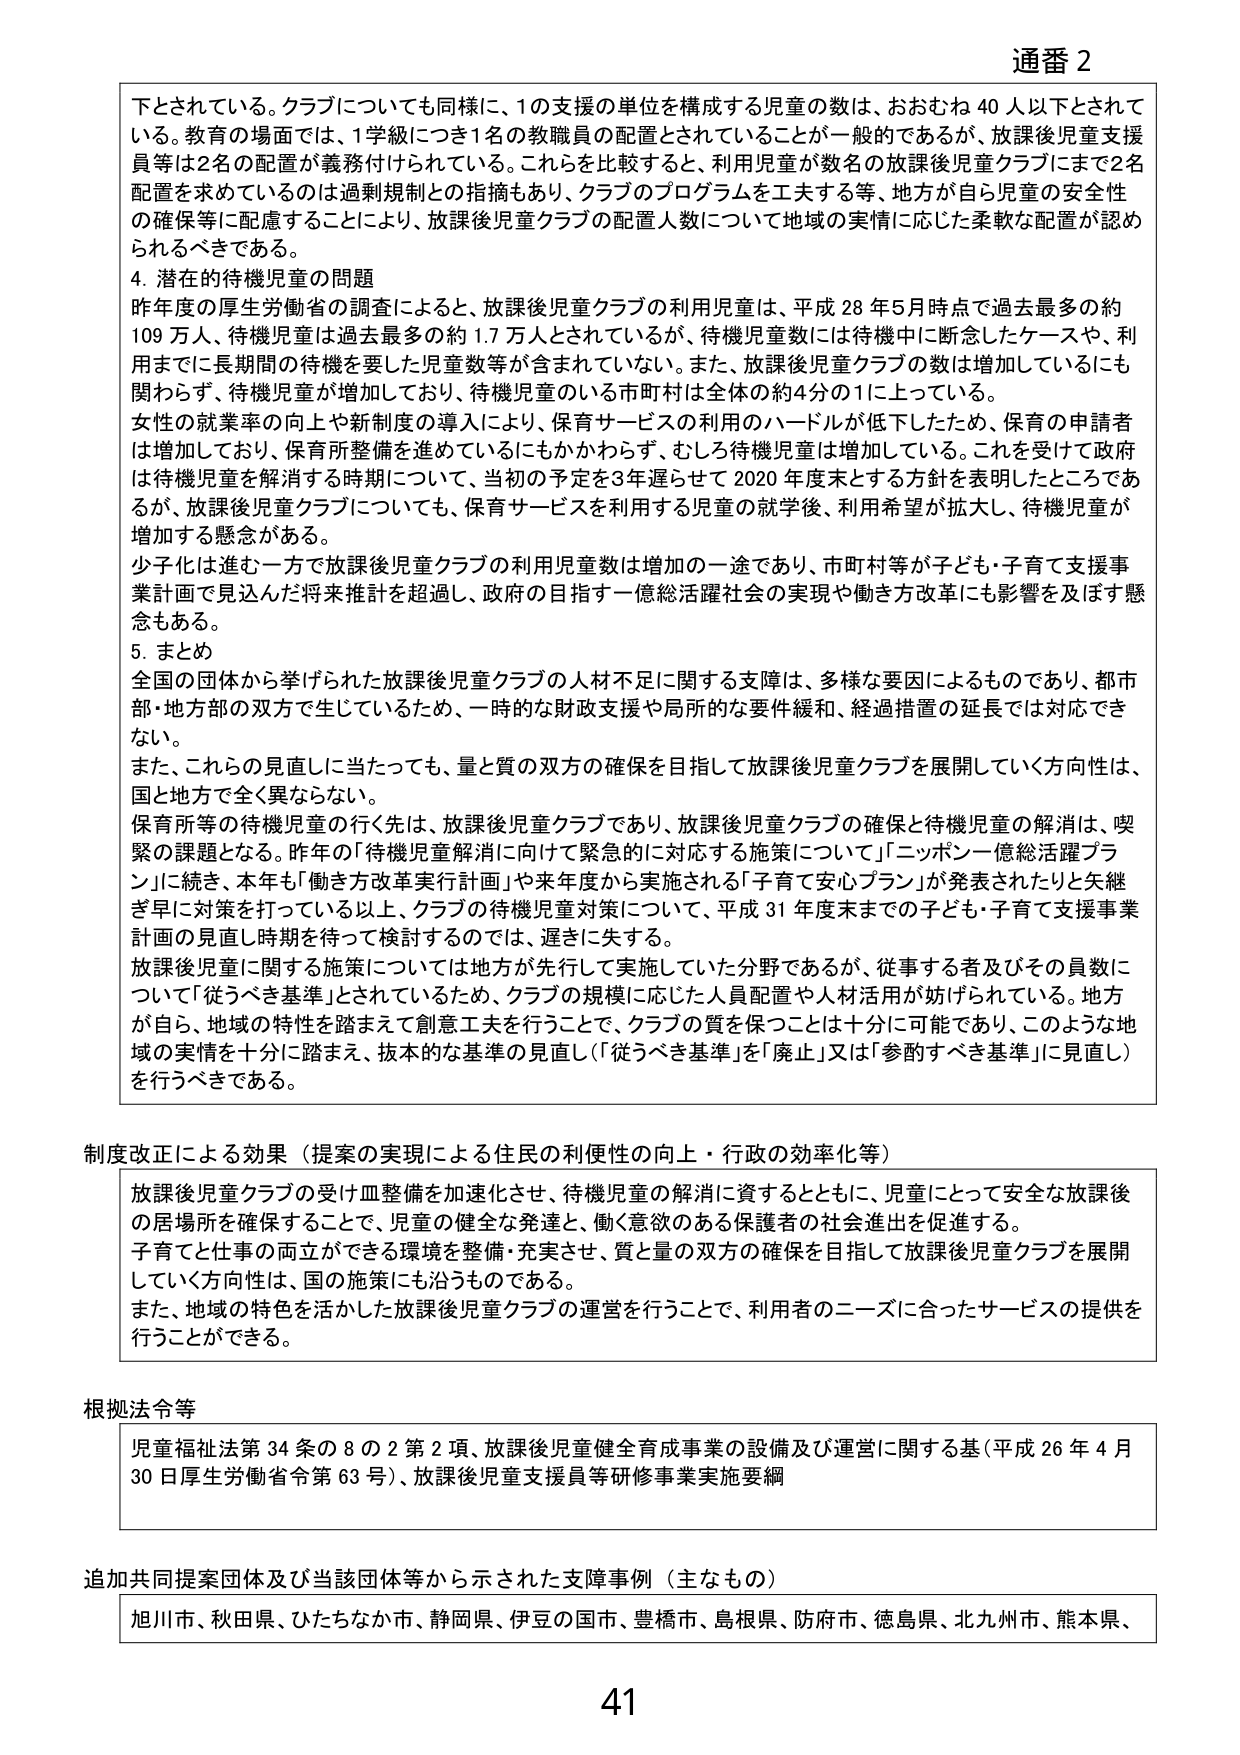
通番 2

下とされている。クラブについても同様に、1の支援の単位を構成する児童の数は、おおむね40人以下とされている。教育の場面では、1学級につき1名の教職員の配置とされていることが一般的であるが、放課後児童支援員等は2名の配置が義務付けられている。これらを比較すると、利用児童が数名の放課後児童クラブにまで2名配置を求めているのは過剰規制との指摘もあり、クラブのプログラムを工夫する等、地方が自ら児童の安全性の確保等に配慮することにより、放課後児童クラブの配置人数について地域の実情に応じた柔軟な配置が認められるべきである。

4. 潜在的待機児童の問題

昨年度の厚生労働省の調査によると、放課後児童クラブの利用児童は、平成28年5月時点で過去最多の約109万人、待機児童は過去最多の約1.7万人とされているが、待機児童数には待機中に断念したケースや、利用までに長期間の待機を要した児童数等が含まれていない。また、放課後児童クラブの数は増加しているにも関わらず、待機児童が増加しており、待機児童のいる市町村は全体の約4分の1に上っている。

女性の就業率の向上や新制度の導入により、保育サービスの利用のハードルが低下したため、保育の申請者は増加しており、保育所整備を進めているにもかかわらず、むしろ待機児童は増加している。これを受けて政府は待機児童を解消する時期について、当初の予定を3年遅らせて2020年度末とする方針を表明したところであるが、放課後児童クラブについても、保育サービスを利用する児童の就学後、利用希望が拡大し、待機児童が増加する懸念がある。

少子化は進む一方で放課後児童クラブの利用児童数は増加の一途であり、市町村等が子ども・子育て支援事業計画で見込んだ将来推計を超過し、政府の目指す一億総活躍社会の実現や働き方改革にも影響を及ぼす懸念もある。

5. まとめ

全国の団体から挙げられた放課後児童クラブの人材不足に関する支援は、多様な要因によるものであり、都市部・地方部の双方で生じているため、一時的な財政支援や局所的な要件緩和、経過措置の延長では対応できない。

また、これらの見直しに当たっても、量と質の双方の確保を目指して放課後児童クラブを展開していく方向性は、国と地方で全く異ならない。

保育所等の待機児童の行く先は、放課後児童クラブであり、放課後児童クラブの確保と待機児童の解消は、喫緊の課題となる。昨年の「待機児童解消に向けて緊急的に対応する施策について」「ニッポン一億総活躍プラン」に続き、本年も「働き方改革実行計画」や来年度から実施される「子育て安心プラン」が発表されたりと矢継ぎ早に対策を打っている以上、クラブの待機児童対策について、平成31年度末までの子ども・子育て支援事業計画の見直し時期を待って検討するのでは、遅きに失する。

放課後児童に関する施策については地方が先行して実施していた分野であるが、従事する者及びその員数について「従うべき基準」とされているため、クラブの規模に応じた人員配置や人材活用が妨げられている。地方が自ら、地域の特性を踏まえて創意工夫を行うことで、クラブの質を保つことは十分に可能であり、このような地域の実情を十分に踏まえ、抜本的な基準の見直し（「従うべき基準」を「廃止」又は「参酌すべき基準」に見直し）を行うべきである。

制度改正による効果（提案の実現による住民の利便性の向上・行政の効率化等）

放課後児童クラブの受け皿整備を加速化させ、待機児童の解消に資するとともに、児童にとって安全な放課後の居場所を確保することで、児童の健全な発達と、働く意欲のある保護者の社会進出を促進する。

子育てと仕事の両立ができる環境を整備・充実させ、質と量の双方の確保を目指して放課後児童クラブを展開していく方向性は、国の施策にも沿うものである。

また、地域の特色を活かした放課後児童クラブの運営を行うことで、利用者のニーズに合ったサービスの提供を行うことができる。

根拠法令等

児童福祉法第34条の8の2第2項、放課後児童健全育成事業の設備及び運営に関する基（平成26年4月30日厚生労働省令第63号）、放課後児童支援員等研修事業実施要綱

追加共同提案団体及び当該団体等から示された支援事例（主なもの）

旭川市、秋田県、ひたちなか市、静岡県、伊豆の国市、豊橋市、島根県、防府市、徳島県、北九州市、熊本県、

41